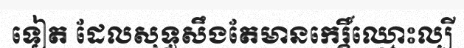
ទៀត ដែលសុទ្ធសឹងតែមានកេរ្តិ៍ឈ្មោះល្បី